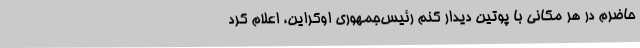
حاضرم در هر مکانی با پوتین دیدار کنم رئیس‌جمهوری اوکراین، اعلام کرد